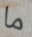
ما